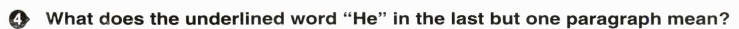
4 what does the underlined word "He" in the last but one paragraph mean?